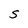
Character: S